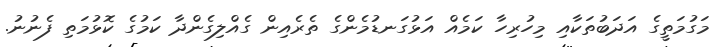
މަގުމަތީގެ އަދަބުތަކާއި މިހުރިހާ ކަމެއް އަޅުގަނޑުމެންގެ ތެރެއިން ގެއްލިގެންދާ ކަމުގެ ކޮޅުމަތި ފެނުނު.